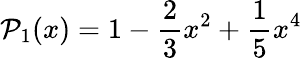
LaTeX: {\cal P}_{1}(x)=1-\frac{2}{3}x^{2}+\frac{1}{5}x^{4}